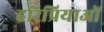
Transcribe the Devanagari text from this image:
हरिप्रियाओं